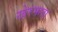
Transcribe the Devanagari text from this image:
खेरमाता